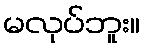
မလုပ်ဘူး။